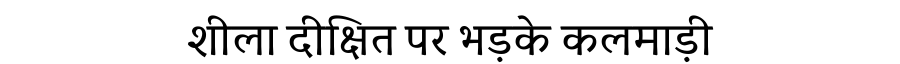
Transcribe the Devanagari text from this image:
शीला दीक्षित पर भड़के कलमाड़ी